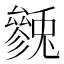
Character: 𱑯